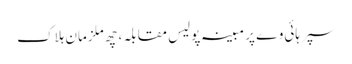
سپر ہائی وے پر مبینہ پولیس مقابلہ، چھ ملزمان ہلاک